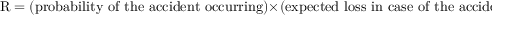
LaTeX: { \mathrm { R } } = ( { \mathrm { p r o b a b i l i t y ~ o f ~ t h e ~ a c c i d e n t ~ o c c u r r i n g } } ) \times ( { \mathrm { e x p e c t e d ~ l o s s ~ i n ~ c a s e ~ o f ~ t h e ~ a c c i d e n t } } )